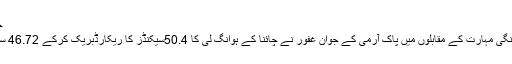
جنگی مہارت کے مقابلے
ایونٹ کے چھٹے روز جنگی مہارت کے مقابلوں میں پاک آرمی کے جوان غفور نے چائنا کے ہوانگ لی کا 50.4سیکنڈز کا ریکارڈبریک کرکے 46.72 سیکنڈز کا ریکارڈ قائم کیا۔